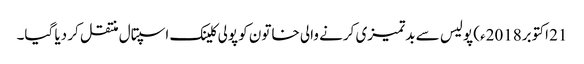
21 اکتوبر2018ء) پولیس سے بدتمیزی کرنے والی خاتون کو پولی کلینک اسپتال منتقل کر دیا گیا۔